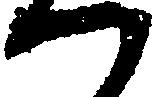
つ